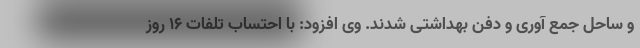
و ساحل جمع آوری و دفن بهداشتی شدند. وی افزود: با احتساب تلفات ۱۶ روز